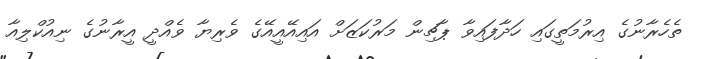
ތެހެރާނުގެ އިރުމަތީގައި ހަދާފައިވާ ޕާޗިން މަރުކަޒަށް އައިއޭއީއޭގެ ވެރިޔާ ވެއްދީ އީރާނުގެ ނިއުކްލިއާ